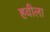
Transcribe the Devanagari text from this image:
हवीला